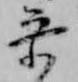
参